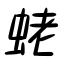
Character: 蛯